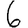
Digit: 6